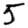
Digit: 5